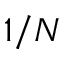
1 / N